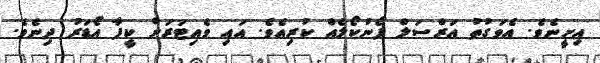
އިށީނެވެ. އެވަގުތު އަރްސަލް ފޯނުކޯލެއް ކުރިއެވެ. އައި ވެއިޓަރަށް ކީފާ އޯޑަރު ދިނެވެ.